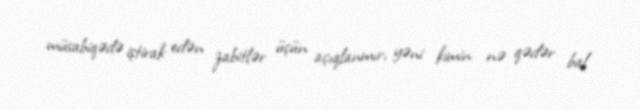
müsabiqədə iştirak edən zabitlər üçün açıqlanmır, yəni kimin nə qədər bal